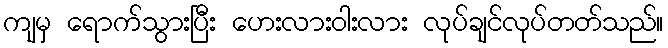
ကျမှ ရောက်သွားပြီး ဟေးလားဝါးလား လုပ်ချင်လုပ်တတ်သည်။